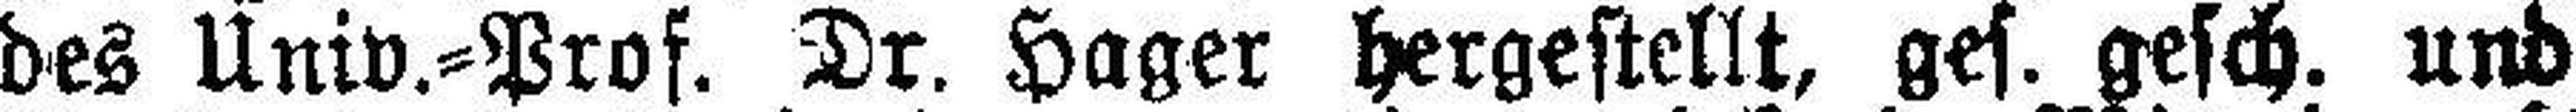
des Univ.=Prof. Dr. Hager hergestellt, ges. gesch. und